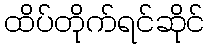
ထိပ်တိုက်ရင်ဆိုင်